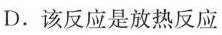
D.该反应是放热反应